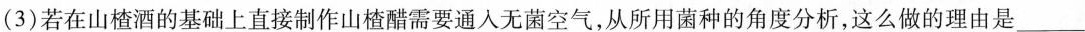
(3)若在山楂酒的基础上直接制作山楂醋需要通入无菌空气，从所用菌种的角度分析，这么做的理由是___。